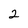
Character: 2